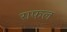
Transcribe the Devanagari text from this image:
राफल